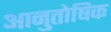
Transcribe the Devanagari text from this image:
आनुतोषिक